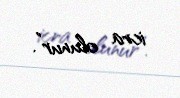
icra olunur”.